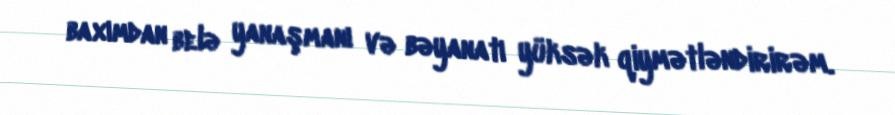
baxımdan belə yanaşmanı və bəyanatı yüksək qiymətləndirirəm.